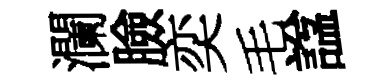
瀾臉奕毛諡